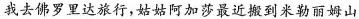
我去佛罗里达旅行，姑姑阿加莎最近搬到米勒丽姆山